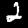
Label: 2